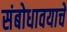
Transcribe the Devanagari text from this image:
संबोधावयाचे